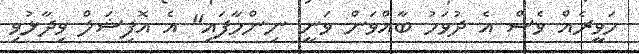
ހަވީރެއް ވެސް އެ ދުވަހު ބާއްވަން ވަނީ ނިންމާފައި" އެ އޮފިޝަލް ވިދާޅުވި